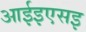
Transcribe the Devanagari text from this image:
आईइएसइ